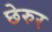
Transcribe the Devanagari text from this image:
छेरुर